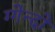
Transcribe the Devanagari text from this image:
ग्गेन्दो